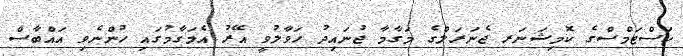
ކަސްޓަމްސްގެ ކޮމިޝަނަރ ޖެނަރަލްގެ މަގާމާ ޖުނައިދު ހަވާލުވީ އޭރު އެމަގާމުގައި ހުންނެވި އައްބާސް